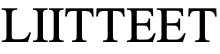
LIITTEET